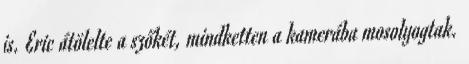
is. Eric átölelte a szőkét, mindketten a kamerába mosolyogtak.